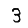
Digit: 3